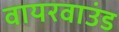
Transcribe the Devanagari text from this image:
वायरवाउंड